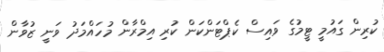
ކުރިން ގައުމީ ޓީމުގެ ވައިސް ކެޕްޓަންކަން ކުރި އިމްރާން މުހައްމަދު ވަނީ ޒުވާން